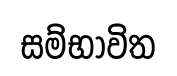
සම්භාවිත